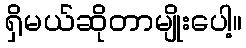
ရှိမယ်ဆိုတာမျိုးပေါ့။